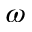
\omega